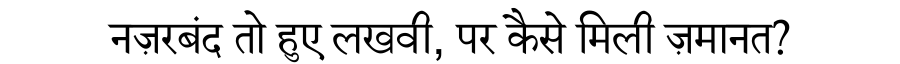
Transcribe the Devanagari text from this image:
नज़रबंद तो हुए लखवी, पर कैसे मिली ज़मानत?